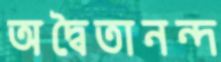
অদ্বৈতানন্দ